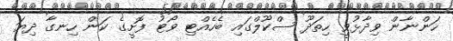
ހަންނާން ވިދާޅުވީ ހިތަދޫ ސްކޫލްގައި ބެހެއްޓި ވޯޓު ފޮށީގެ ކަން ހިނގާ ދިޔަ